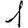
Digit: 1